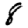
Digit: 8